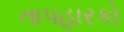
તાપહારકો